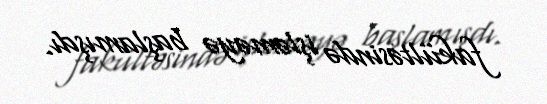
fakültəsində işləməyə başlamışdı.